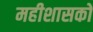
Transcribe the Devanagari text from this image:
महीशासकों